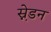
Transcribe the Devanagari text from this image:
स्ने़डन